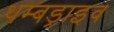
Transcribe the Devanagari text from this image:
थम्बड्राइव